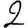
Digit: 2